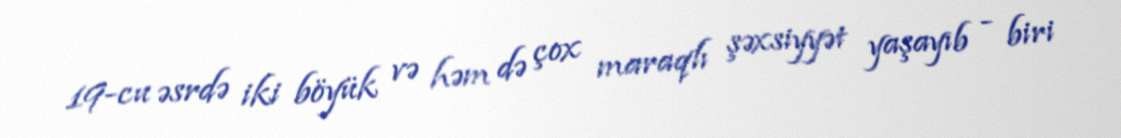
19-cu əsrdə iki böyük və həm də çox maraqlı şəxsiyyət yaşayıb - biri